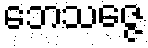
ဘေသဇ္ဇေ